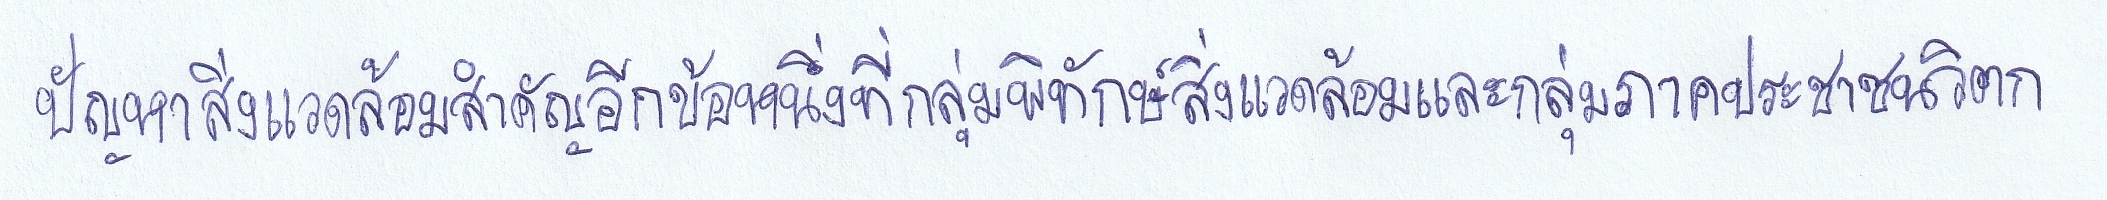
ปัญหาสิ่งแวดล้อมสำคัญอีกข้อหนึ่งที่กลุ่มพิทักษ์สิ่งแวดล้อมและกลุ่มภาคประชาชนวิตก